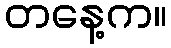
တနေ့က။